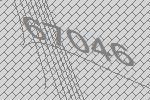
67046